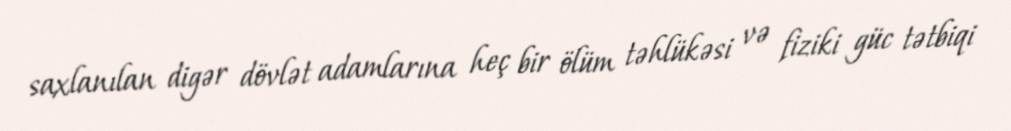
saxlanılan digər dövlət adamlarına heç bir ölüm təhlükəsi və fiziki güc tətbiqi